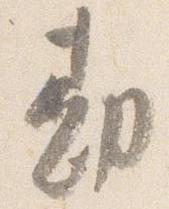
勘